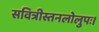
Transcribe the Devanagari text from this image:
सवित्रीस्तनलोलुपः।